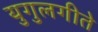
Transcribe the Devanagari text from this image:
युगुलगीते